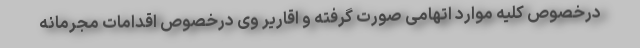
درخصوص کلیه موارد اتهامی صورت گرفته و اقاریر وی درخصوص اقدامات مجرمانه